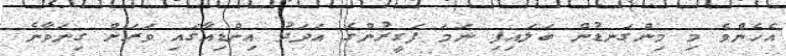
އެހެންވެ މި މިންގަނޑުން ބަލައިފި ނަމަ ފަގީރުންގެ އަދަދު އިންޑިއާގައި ވަރަށް ގިނަވާނެ